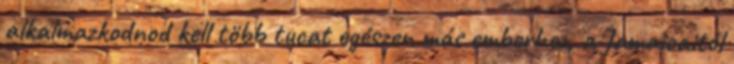
alkalmazkodnod kell több tucat egészen más emberhez, a Jamaicaitól